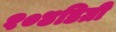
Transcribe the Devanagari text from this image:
१०४डिग्री